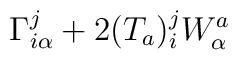
\Gamma^j_{i\alpha} + 2(T_a)^j_iW^a_\alpha